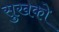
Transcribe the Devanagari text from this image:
सुखको